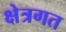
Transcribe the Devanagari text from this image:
क्षेत्रगत